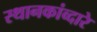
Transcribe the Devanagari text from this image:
स्थानकांव्दारे